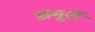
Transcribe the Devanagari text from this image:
अगूरों